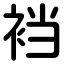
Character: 裆